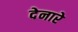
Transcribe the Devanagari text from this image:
देनारे